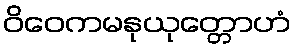
ဝိဝေကမနုယုတ္တောဟံ